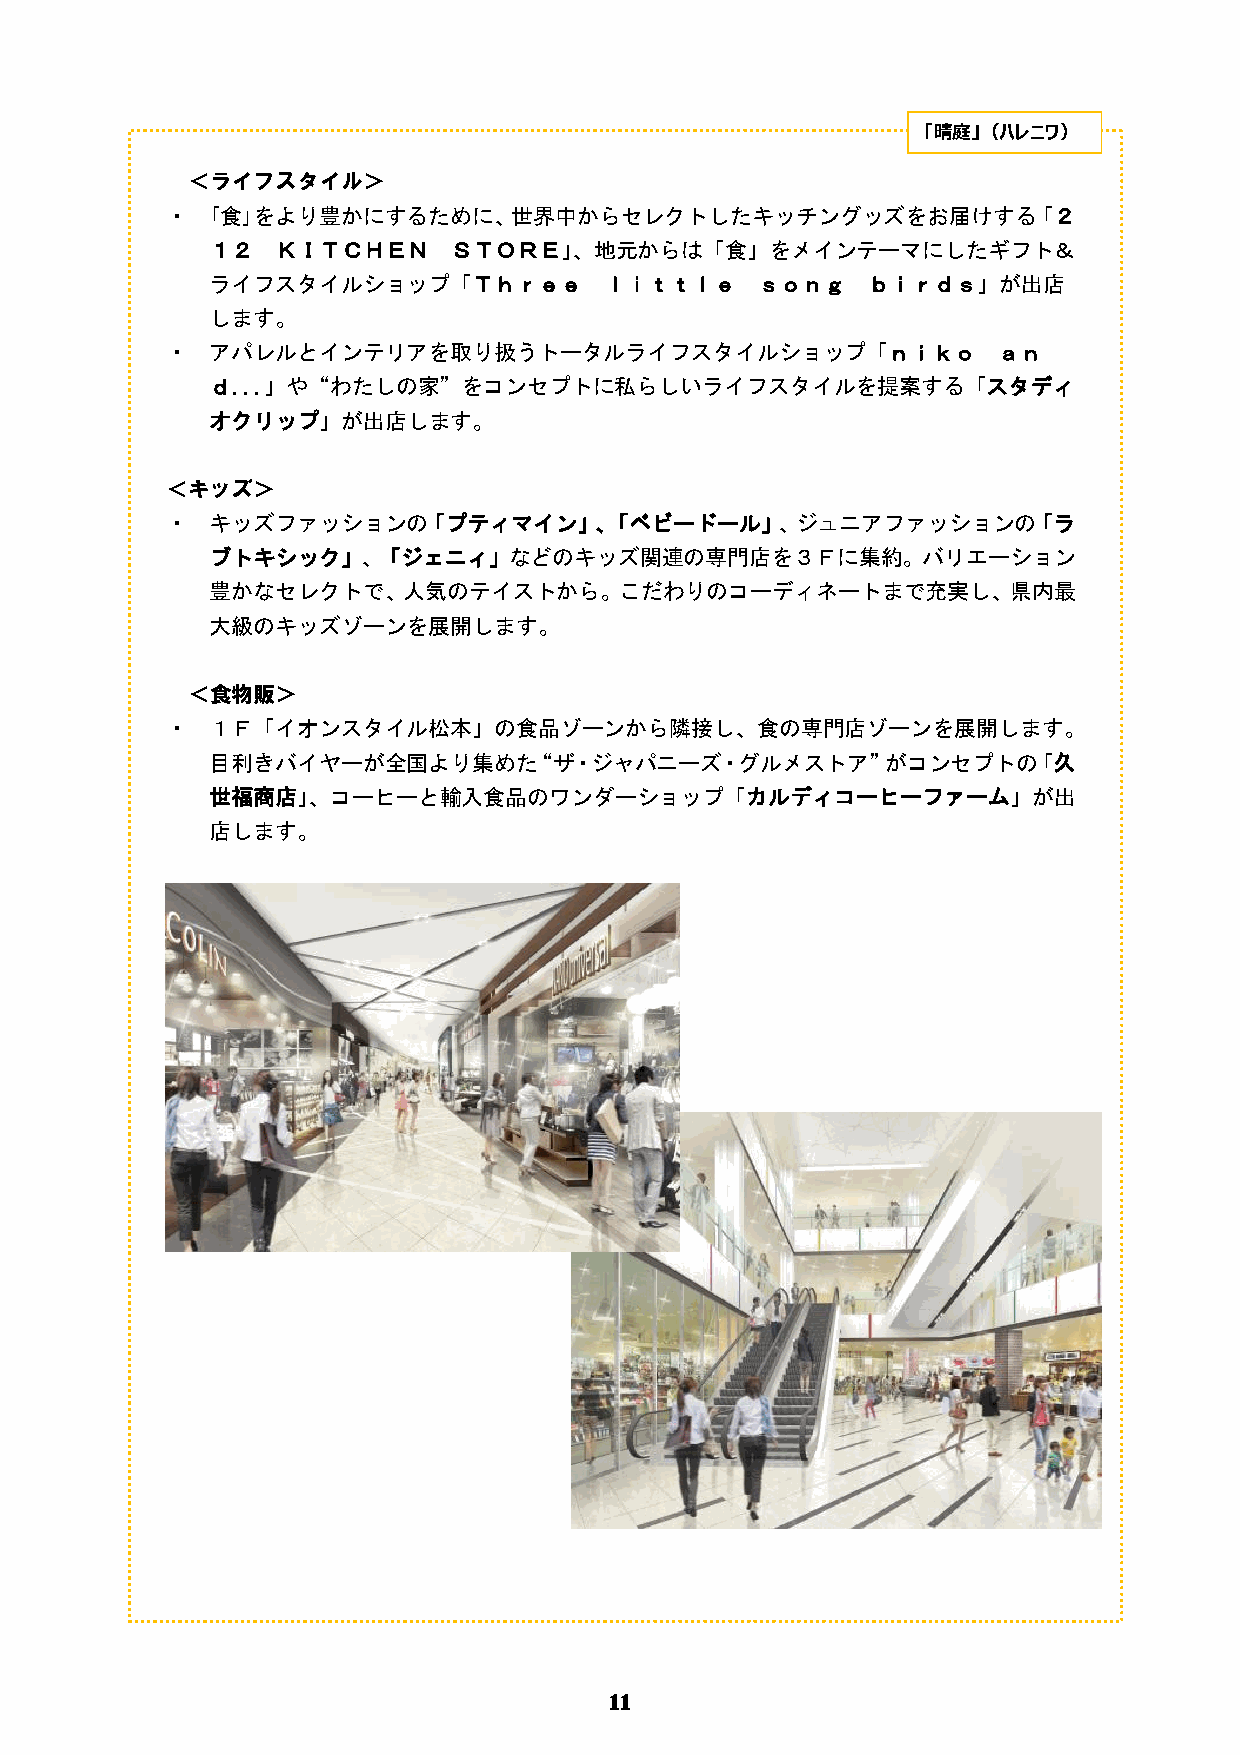
「晴庭」（ハレニワ）
 ＜ライフスタイル＞
 ・  ｢食｣をより豊かにするために、世界中からセレクトしたキッチングッズをお届けする「２
 １２  ＫＩＴＣＨＥＮ     ＳＴＯＲＥ」、地元からは「食」をメインテーマにしたギフト＆
 ライフスタイルショップ「Ｔｈｒｅｅ         ｌｉｔｔｌｅ    ｓｏｎｇ   ｂｉｒｄｓ」が出店
 します。
 ・  アパレルとインテリアを取り扱うトータルライフスタイルショップ「ｎｉｋｏ                 ａｎ
 ｄ．．．」や“わたしの家”をコンセプトに私らしいライフスタイルを提案する「スタディ
 オクリップ」が出店します。
 ＜キッズ＞
 ・  キッズファッションの「プティマイン」、「ベビードール」、ジュニアファッションの「ラ
 ブトキシック」、「ジェニィ」などのキッズ関連の専門店を３Ｆに集約。バリエーション
 豊かなセレクトで、人気のテイストから。こだわりのコーディネートまで充実し、県内最
 大級のキッズゾーンを展開します。
 ＜食物販＞
 ・  １Ｆ「イオンスタイル松本」の食品ゾーンから隣接し、食の専門店ゾーンを展開します。
 目利きバイヤーが全国より集めた“ザ・ジャパニーズ・グルメストア”がコンセプトの「久
 世福商店」、コーヒーと輸入食品のワンダーショップ「カルディコーヒーファーム」が出
 店します。
 11